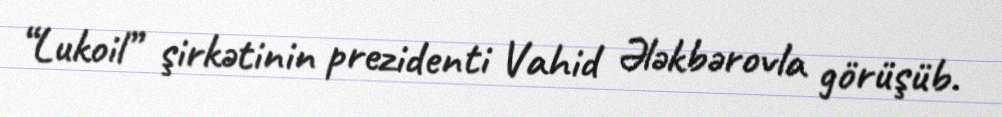
“Lukoil” şirkətinin prezidenti Vahid Ələkbərovla görüşüb.